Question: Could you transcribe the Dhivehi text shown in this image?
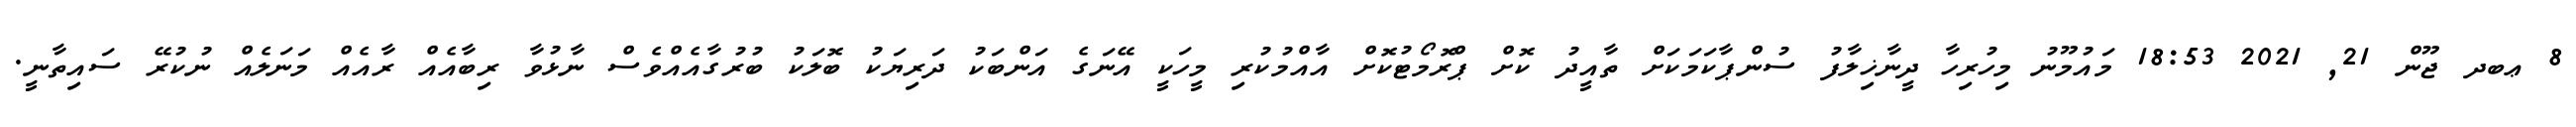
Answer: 8 ޢބދ ޖޫން 21, 2021 18:53 މައުމޫނު މިހުރިހާ ދީނާޚިލާފު ސުންޕާކަމަކަށް ތާއީދު ކޮށް ޕްރޮމޯޓުކޮށް އާއްމުކުރި މީހަކީ އޭނަގެ އަންބަކު ދަރިޔަކު ބޮލަކު ބުރުގާއެއްވެސް ނާޅުވާ ރިބާއެއް ރާއެއް މަނަލެއް ނުކުރޭ ސައިތާނީ.